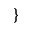
\}